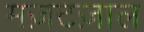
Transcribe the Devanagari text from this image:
मज़टज़ाल